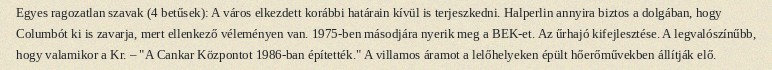
Egyes ragozatlan szavak (4 betűsek): A város elkezdett korábbi határain kívül is terjeszkedni. Halperlin annyira biztos a dolgában, hogy Columbót ki is zavarja, mert ellenkező véleményen van. 1975-ben másodjára nyerik meg a BEK-et. Az űrhajó kifejlesztése. A legvalószínűbb, hogy valamikor a Kr. – "A Cankar Központot 1986-ban építették." A villamos áramot a lelőhelyeken épült hőerőművekben állítják elő.